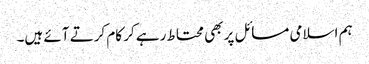
ہم اسلامی مسائل پر بھی محتاط رہے کر کام کرتے آئے ہیں۔